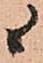
候